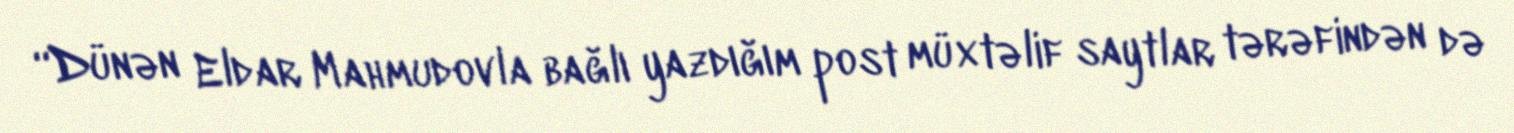
“Dünən Eldar Mahmudovla bağlı yazdığım post müxtəlif saytlar tərəfindən də